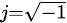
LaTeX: \scriptstyle{j={\sqrt{-1}}}